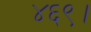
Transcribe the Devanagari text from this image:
४६९।